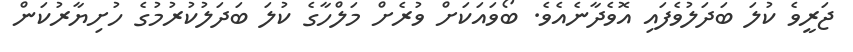
ޖަރީވެ ކުލަ ބަދަލުވެފައި އޮވެދާނެއެވެ. ބޯވައަކަށް ވުރެށް މަލްހާގެ ކުލަ ބަދަލުކުރުމުގެ ހުށިޔާރުކަން